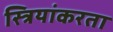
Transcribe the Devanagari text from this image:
स्त्रियांकरता